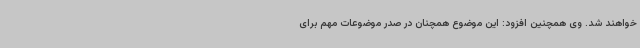
خواهند شد. وی همچنین افزود: این موضوع همچنان در صدر موضوعات مهم برای